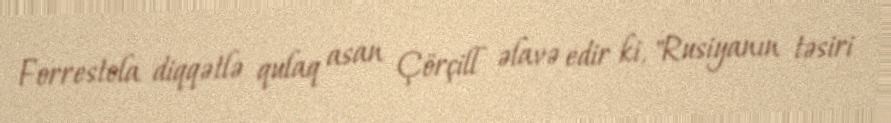
Forrestola diqqətlə qulaq asan Çörçill əlavə edir ki, "Rusiyanın təsiri